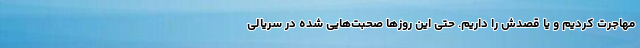
مهاجرت کردیم و یا قصدش را داریم. حتی این روزها صحبت‌هایی شده در سریالی